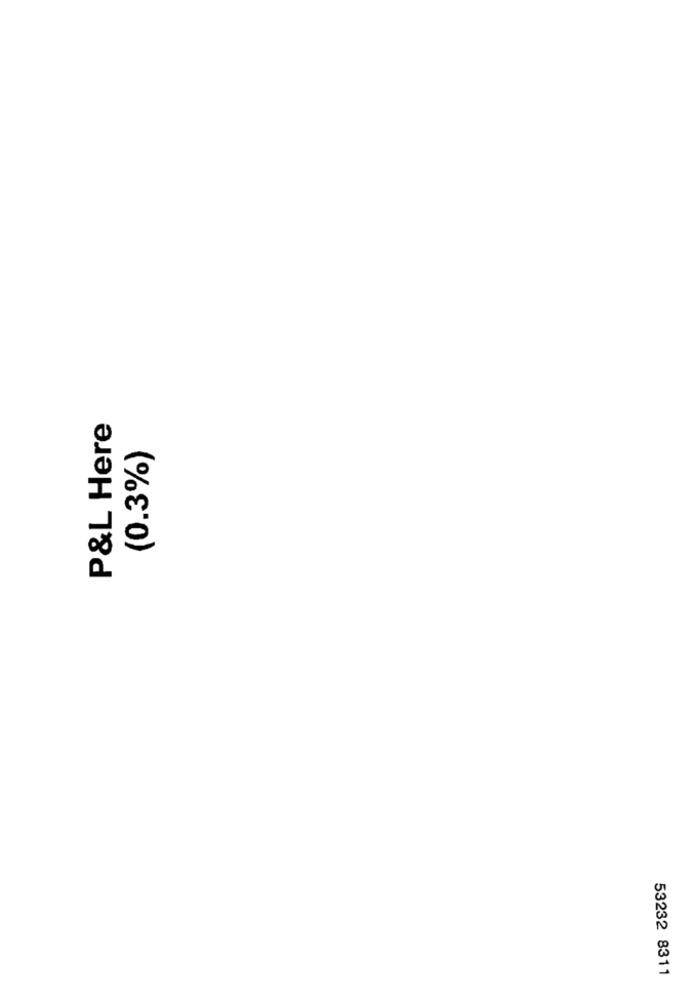
P&L Here
(0.3%)
53232 8311